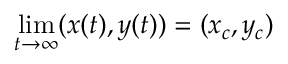
\operatorname* { l i m } _ { t \to \infty } ( x ( t ) , y ( t ) ) = ( x _ { c } , y _ { c } )